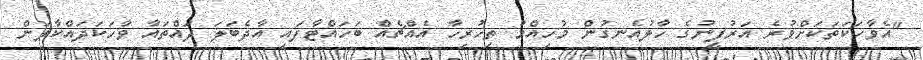
"އެވާހަކަތަކަށްވުރެ އަރުފީނުގެ ހާލުއެނގުން މުހިއްމު ތިހުރިހާ އެއްޗެއް ބަހައްޓާފައި އާދެބަލަ ދައްތައާ ވާހަކަދައްކާލަން